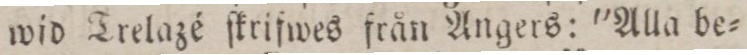
wid Trelazéſkrifwes från Angers: ”Alla be=